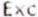
EXC